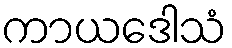
ကာယဒေါသံ